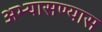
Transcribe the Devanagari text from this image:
अभ्यासण्यास